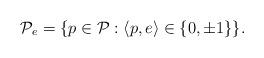
LaTeX: \begin{align*}{\mathcal P}_e=\{p\in{\mathcal P}:\langle p,e\rangle\in\{0,\pm 1\}\}.\end{align*}